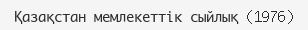
Қазақстан мемлекеттік сыйлық (1976)